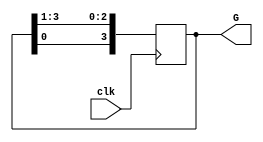
`timescale 1ns / 1ps
//////////////////////////////////////////////////////////////////////////////////
// Company: 
// Engineer: 
// 
// Design Name: 
// Module Name: shaomiao
// Project Name: 
// Target Devices: 
// Tool Versions: 
// Description: 
// 
// Dependencies: 
// 
// Revision:
// Revision 0.01 - File Created
// Additional Comments:
// 
//////////////////////////////////////////////////////////////////////////////////


module shaomiao
(input clk,
 output reg [3:0] G
);
initial
begin
G=4'b1110;
end

always@(negedge clk)
begin
G[3]<=G[0];
G[2:0]<=G[3:1];
end

endmodule